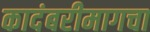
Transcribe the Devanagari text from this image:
कादंबरीमागचा